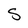
Character: S